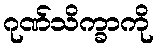
ဂုဏ်သိက္ခာကို